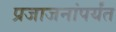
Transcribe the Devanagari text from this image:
प्रजाजनांपर्यंत